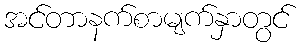
အင်တာနက်စာမျက်နှာတွင်